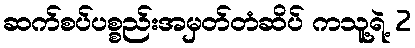
ဆက်စပ်ပစ္စည်းအမှတ်တံဆိပ် ကသူ့ရဲ့ 2